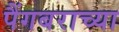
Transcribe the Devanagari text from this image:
पैंगबराच्या